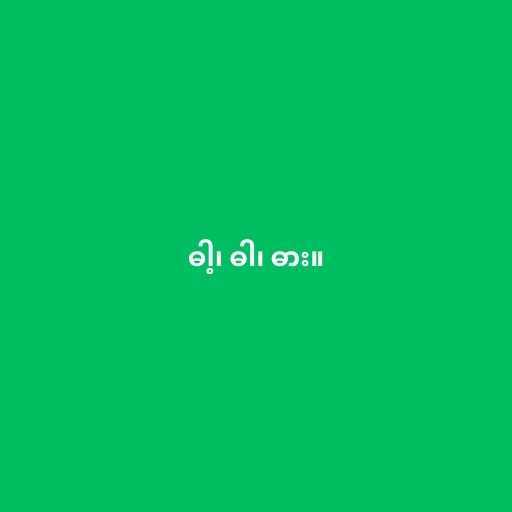
ဓါ့၊ ဓါ၊ ဓား။